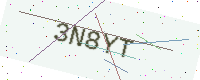
Text: 3N8YT